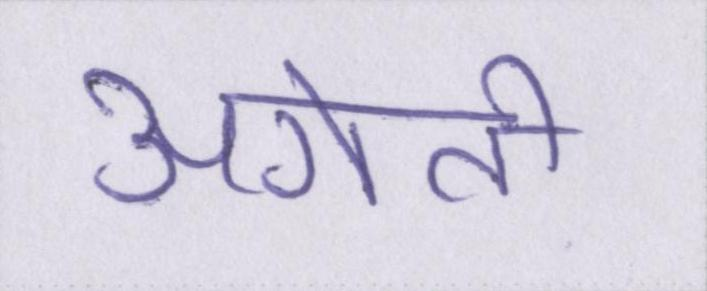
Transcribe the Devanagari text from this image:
अगेती